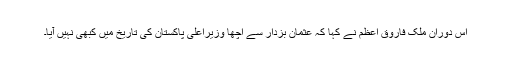
اس دوران ملک فاروق اعظم نے کہا کہ عثمان بزدار سے اچھا وزیراعلی پاکستان کی تاریخ میں کبھی نہیں آیا۔